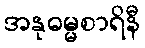
အနုဓမ္မစာရိနီ